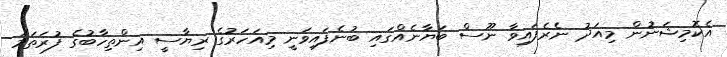
އެކޮމިޝަނުން މިއަދު ނެރެފައިވާ ނޫސް ބަޔާނެއްގައި ބުނެފައިވަނީ މިއަހަރުގެ ރިޔާސީ އިންތިހާބުގެ ފުރަތަމަ